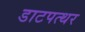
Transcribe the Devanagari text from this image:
डाटपत्थर